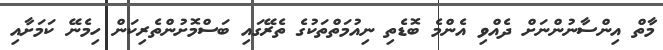
މާތް އިންސާނުންނަށް ދެއްވި އެންމެ ބޮޑެތި ނިއުމަތްތަކުގެ ތެރޭގައި ބަސްމޮށުންތެރިކަން ހިމެނޭ ކަމަށާއި